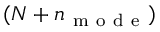
( N + n _ { \mathrm { ~ m ~ o ~ d ~ e ~ } } )